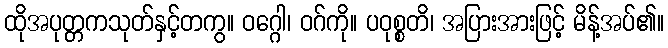
ထိုအပုတ္တကသုတ်နှင့်တကွ။ ဝဂ္ဂေါ၊ ဝဂ်ကို။ ပဝုစ္စတိ၊ အပြားအားဖြင့် မိန့်အပ်၏။